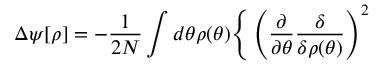
\Delta \psi [ \rho ] = - \frac { 1 } { 2 N } \int d \theta \rho ( \theta ) \Bigg \{ \left( \frac { \partial } { \partial \theta } \frac { \delta } { \delta \rho ( \theta ) } \right) ^ { 2 }